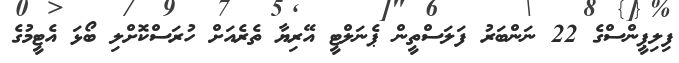
ފިލިޕީންސްގެ 22 ނަންބަރު ފަލަސްތީން ޕެނަލްޓީ އޭރިޔާ ތެރެއަށް ހުރަސްކޮށްލި ބޯޅަ އެޓީމުގެ